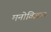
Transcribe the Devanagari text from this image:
मनोविज्ञान